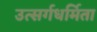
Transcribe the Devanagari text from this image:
उत्सर्गधर्मिता